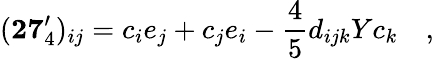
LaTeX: (\mathbf{27}_{4}^{\prime})_{ij}=c_{i}e_{j}+c_{j}e_{i}-{\frac{4}{5}}d_{ijk}Yc_{k}\quad,